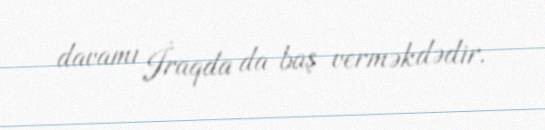
davamı İraqda da baş verməkdədir.